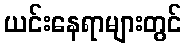
ယင်းနေရာများတွင်